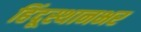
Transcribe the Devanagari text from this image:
हिंदूस्थानभर